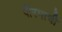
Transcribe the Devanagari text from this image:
पीरमाची